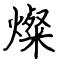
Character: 燦